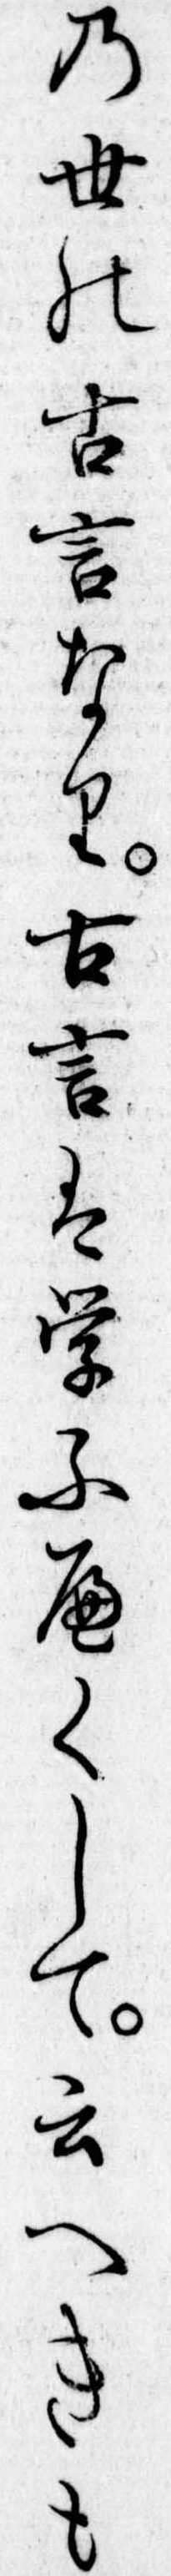
の世の古言なり古言は学ふへくして云へきも